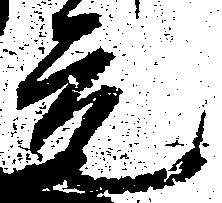
元